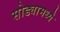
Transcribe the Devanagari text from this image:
सोड्यामध्ये